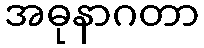
အဓုနာဂတာ